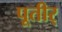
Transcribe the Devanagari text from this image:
पूतीर्